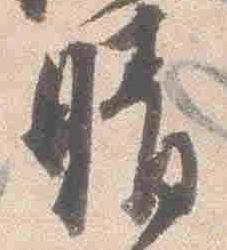
晴